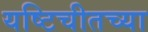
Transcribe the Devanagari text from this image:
यष्टिचीतच्या